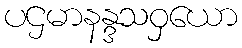
ပဌမာနန္ဒသဝှယော